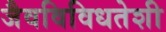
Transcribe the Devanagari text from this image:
जैवविविधतेशी